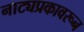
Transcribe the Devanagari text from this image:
नाट्यप्रकावरून